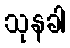
သုနခါ